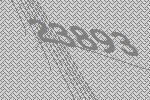
23893